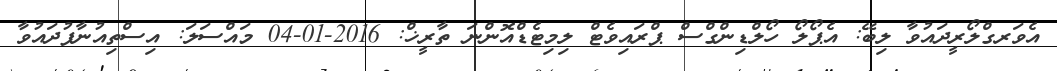
އެވަރގްލޯރީދައުވާ ލިބޭ: އެޕޯލޯ ހޯލްޑިންގްސް ޕްރައިވެޓް ލިމިޓެޑްއޮންނަ ތާރީޚް: 2016-01-04 މައްސަލަ: އިސްތިއުނާފުދައުވާ